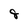
Character: 8